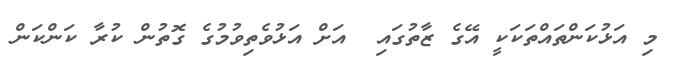
މި އަޅުކަންތައްތަކަކީ އޭގެ ޒާތުގައި  އަށް އަޅުވެތިވުމުގެ ގޮތުން ކުރާ ކަންކަން